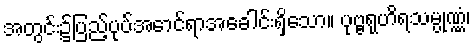
အတွင်း၌ပြည့်ပုပ်အောင်ရာအခေါင်းရှိသော။ ပုဗ္ဗရုဟိရသမ္ပုဏ္ဏံ၊